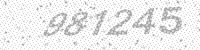
Solution: 981245